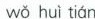
wǒ huì tián